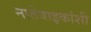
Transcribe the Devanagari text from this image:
नातेवाइकांशी